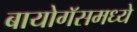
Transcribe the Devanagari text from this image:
बायोगॅसमध्ये